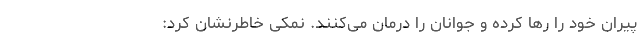
پیران خود را رها کرده و جوانان را درمان می‌کنند. نمکی خاطرنشان کرد: